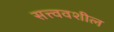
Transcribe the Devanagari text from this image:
सत्त्ववशील